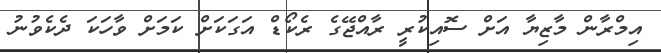
އިމްރާން މާޒިޔާ އަށް ސޮއިކުރީ ރާއްޖޭގެ ރެކޯޑް އަގަކަށް ކަމަށް ވާހަކަ ދެކެވުނު